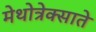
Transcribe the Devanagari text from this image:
मेथोत्रेक्साते